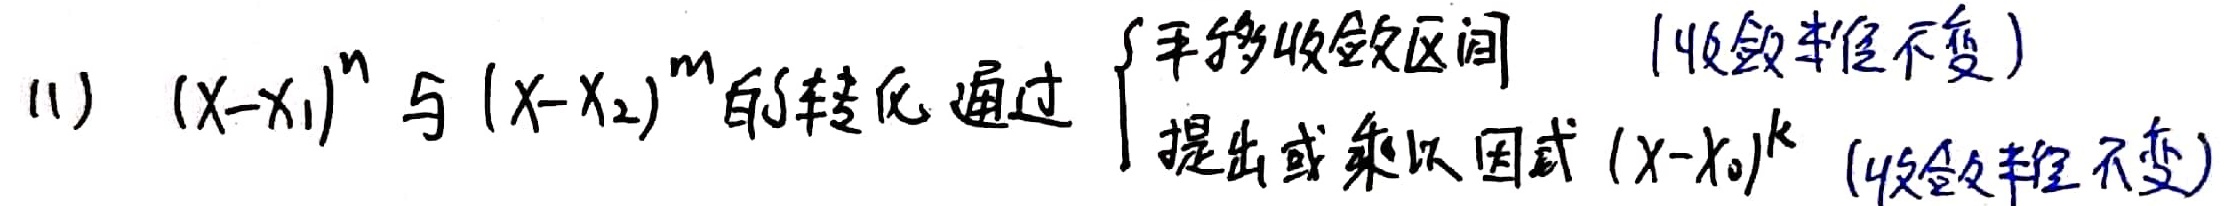
(1) \((x - x_1)^n\) 与 \((x - x_2)^m\)的转化通过
\begin{cases}平移收敛区间（收敛半径不变）\\提出或乘以因式\((x - x_0)^k（收敛半径不变）\end{cases}